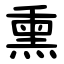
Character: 熏